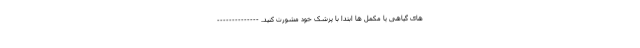
های گیاهی یا مکمل ها ابتدا با پزشک خود مشورت کنید. --------------